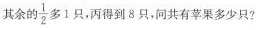
其余的 $$\frac { 1 }{ 2 }$$ 多1只，丙得到8只，问共有苹果多少只 ?